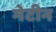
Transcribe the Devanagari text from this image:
गेटीन